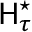
{ \sf H } _ { \tau } ^ { \star }